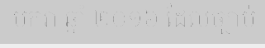
មករា ឆ្នាំ ២០១៦ ដែលច្បាប់